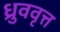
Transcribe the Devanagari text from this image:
ध्रुववृत्त